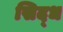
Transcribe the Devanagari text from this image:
सिद्‌ध